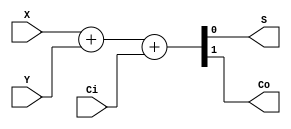
`timescale 1ns/1ns



module fulladder (input X, input Y, input Ci, output S, output Co);  
  
   assign {Co, S} = X + Y + Ci;  
endmodule